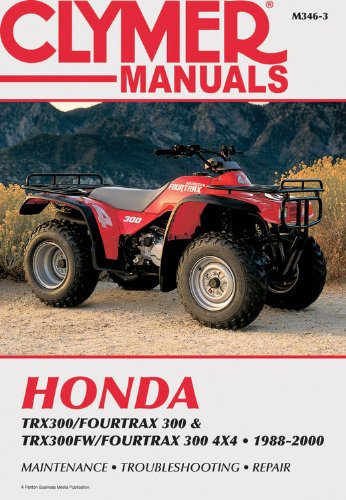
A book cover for Honda TRX300 88-00 (Clymer All-Terrain Vehicles); Penton Staff; Engineering & Transportation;